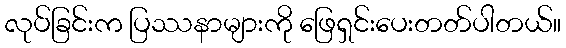
လုပ်ခြင်းက ပြဿနာများကို ဖြေရှင်းပေးတတ်ပါတယ်။